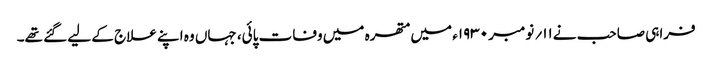
فراہی صاحب نے۱۱؍ نومبر ۱۹۳۰ء میں متھرہ میں وفات پائی، جہاں وہ اپنے علاج کے لیے گئے تھے۔